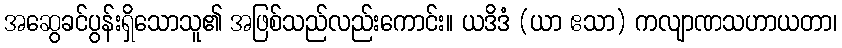
အဆွေခင်ပွန်းရှိသောသူ၏ အဖြစ်သည်လည်းကောင်း။ ယဒိဒံ (ယာ ဧသာ) ကလျာဏသဟာယတာ၊